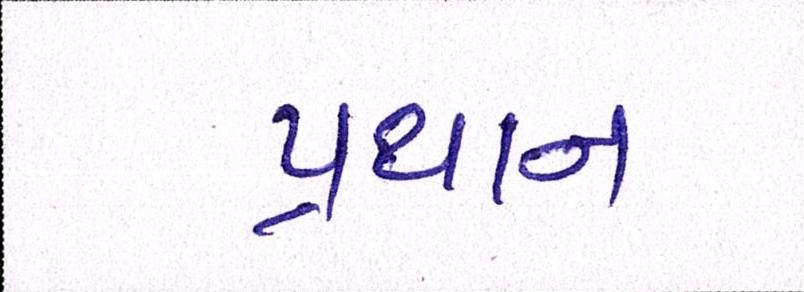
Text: પ્રથાન